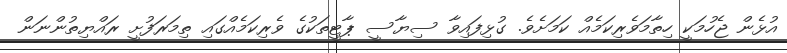
އުޅެން ޖެހުމަކީ ހިތާމަވެރިކަމެއް ކަމަށެވެ. ގުޅިފައިވާ ސިޔާސީ ޕާޓީތަކުގެ ވެރިކަމެއްގައި ތިމަރަފުށީ ރައްޔިތުންނަން